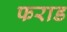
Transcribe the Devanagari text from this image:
फराड